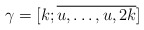
\begin{align*}\gamma=[k; \overline{u, \dots, u, 2k}]\end{align*}